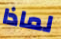
لماذا